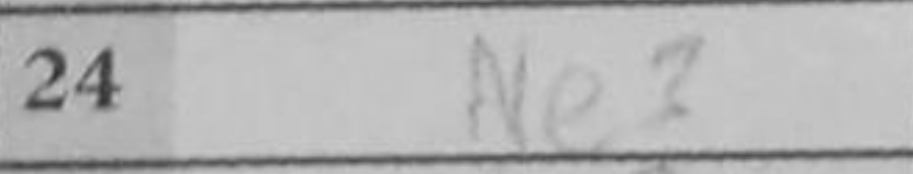
Transcription: Ne3